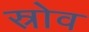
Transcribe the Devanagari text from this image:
स्रोव